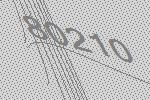
80210